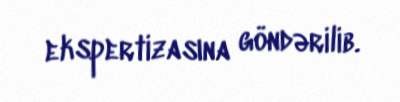
ekspertizasına göndərilib.